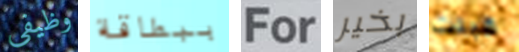
وظيفي ببطاقة For بخير قبلت